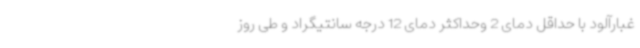
غبارآلود با حداقل دمای 2 وحداکثر دمای 12 درجه سانتیگراد و طی روز